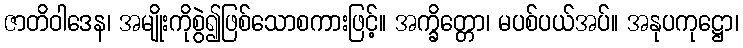
ဇာတိဝါဒေန၊ အမျိုးကိုစွဲ၍ဖြစ်သောစကားဖြင့်။ အက္ခိတ္တော၊ မပစ်ပယ်အပ်။ အနုပကုဋ္ဌော၊